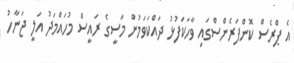
އެ ޕްރެސް ކޮންފަރެންސްގައި ވާހަކަފުޅު ދައްކަވަމުން މަސީގެ ރައީސް މުހައްމަދު އަލީ ޖަނާހު